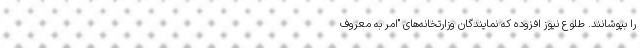
را بپوشانند. طلوع نیوز افزوده که نمایندگان وزارتخانه‌های "امر به معروف